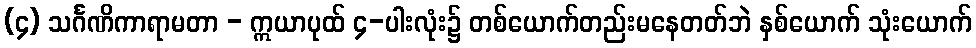
(၄) သင်္ဂဏိကာရာမတာ - ဣယာပုထ် ၄-ပါးလုံး၌ တစ်ယောက်တည်းမနေတတ်ဘဲ နှစ်ယောက် သုံးယောက်